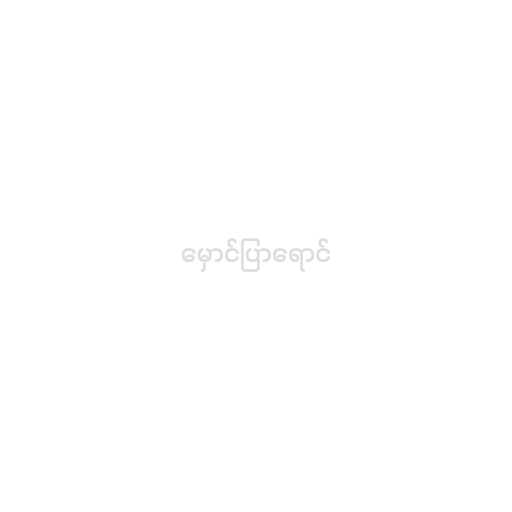
မှောင်ပြာရောင်